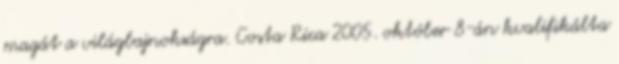
magát a világbajnokságra. Costa Rica 2005. október 8-án kvalifikálta